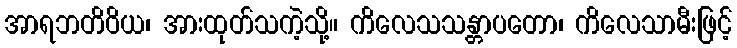
အာရဘတိဝိယ၊ အားထုတ်သကဲ့သို့။ ကိလေသသန္တာပတော၊ ကိလေသာမီးဖြင့်